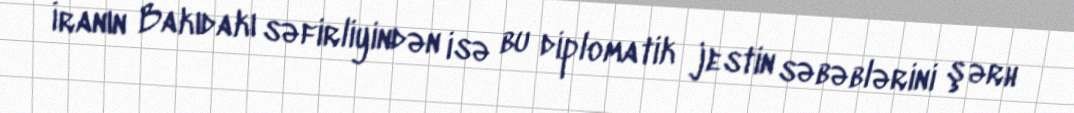
İranın Bakıdakı səfirliyindən isə bu diplomatik jestin səbəblərini şərh